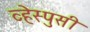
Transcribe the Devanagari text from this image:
व्हेस्पुसी